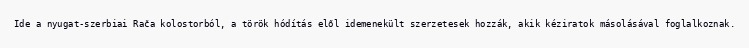
Ide a nyugat-szerbiai Rača kolostorból, a török hódítás elől idemenekült szerzetesek hozzák, akik kéziratok másolásával foglalkoznak.